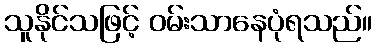
သူနိုင်သဖြင့် ဝမ်းသာနေပုံရသည်။